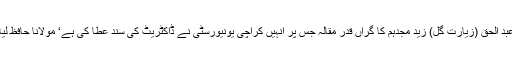
دار العلوم کورنگی کراچی کے سابق استاذ حدیث حضرت مولانا عبد الحق (زیارت گل) زید مجدہم کا گراں قدر مقالہ جس پر انہیں کراچی یونیورسٹی نے ڈاکٹریٹ کی سند عطا کی ہے‘ مولانا حافظ لیاقت علی شاہ کی مساعی سے کتابی صورت میں شائع ہو چکا ہے۔